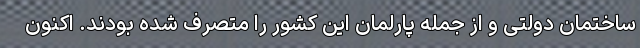
ساختمان دولتی و از جمله پارلمان این کشور را متصرف شده بودند. اکنون